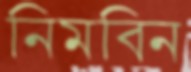
নিমবিন